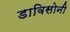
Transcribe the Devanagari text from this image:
डाविसोनी